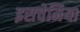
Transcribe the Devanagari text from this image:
इसचेमिया